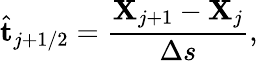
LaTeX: \hat{\mathbf{t}}_{j+1/2}=\frac{{\mathbf{X}}_{j+1}-{\mathbf{X}}_{j}}{\Delta s},